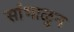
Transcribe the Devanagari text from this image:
सांभाळुन